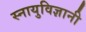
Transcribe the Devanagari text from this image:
स्नायुविज्ञानी